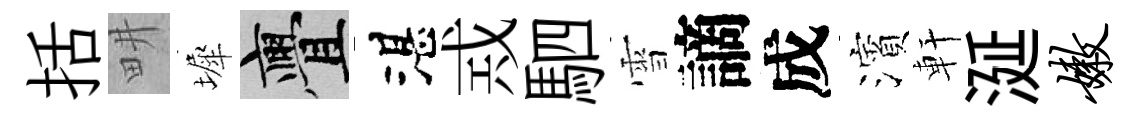
括畊墀亹湛𢦶駟雪謫成濱軒涎嫩